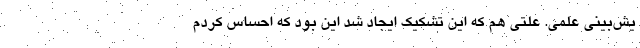
یش‌بینی علمی. علتی هم که این تشکیک ایجاد شد این بود که احساس کردم